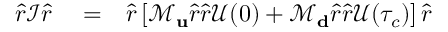
\begin{array} { r l r } { \hat { r } \mathcal { I } \hat { r } } & { { } = } & { \hat { r } \left[ \mathcal { M } _ { \bf u } \hat { r } \hat { r } \mathcal { U } ( 0 ) + \mathcal { M } _ { \bf d } \hat { r } \hat { r } \mathcal { U } ( \tau _ { c } ) \right] \hat { r } } \end{array}